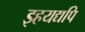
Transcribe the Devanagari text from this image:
इहयद्यपि